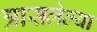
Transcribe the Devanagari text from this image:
त्रासलेल्या